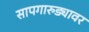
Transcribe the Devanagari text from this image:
सापगारुड्यावर